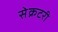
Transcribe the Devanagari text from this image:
सेेक्रटरी